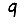
Digit: 9